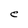
Character: e